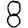
Digit: 8